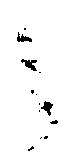
之